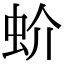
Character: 蚧